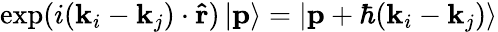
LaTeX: \mathrm{exp}(i(\mathbf{k}_{i}-\mathbf{k}_{j})\cdot\mathbf{\hat{r}})\left|\mathbf{p}\right\rangle=\left|\mathbf{p}+\hbar(\mathbf{k}_{i}-\mathbf{k}_{j})\right\rangle